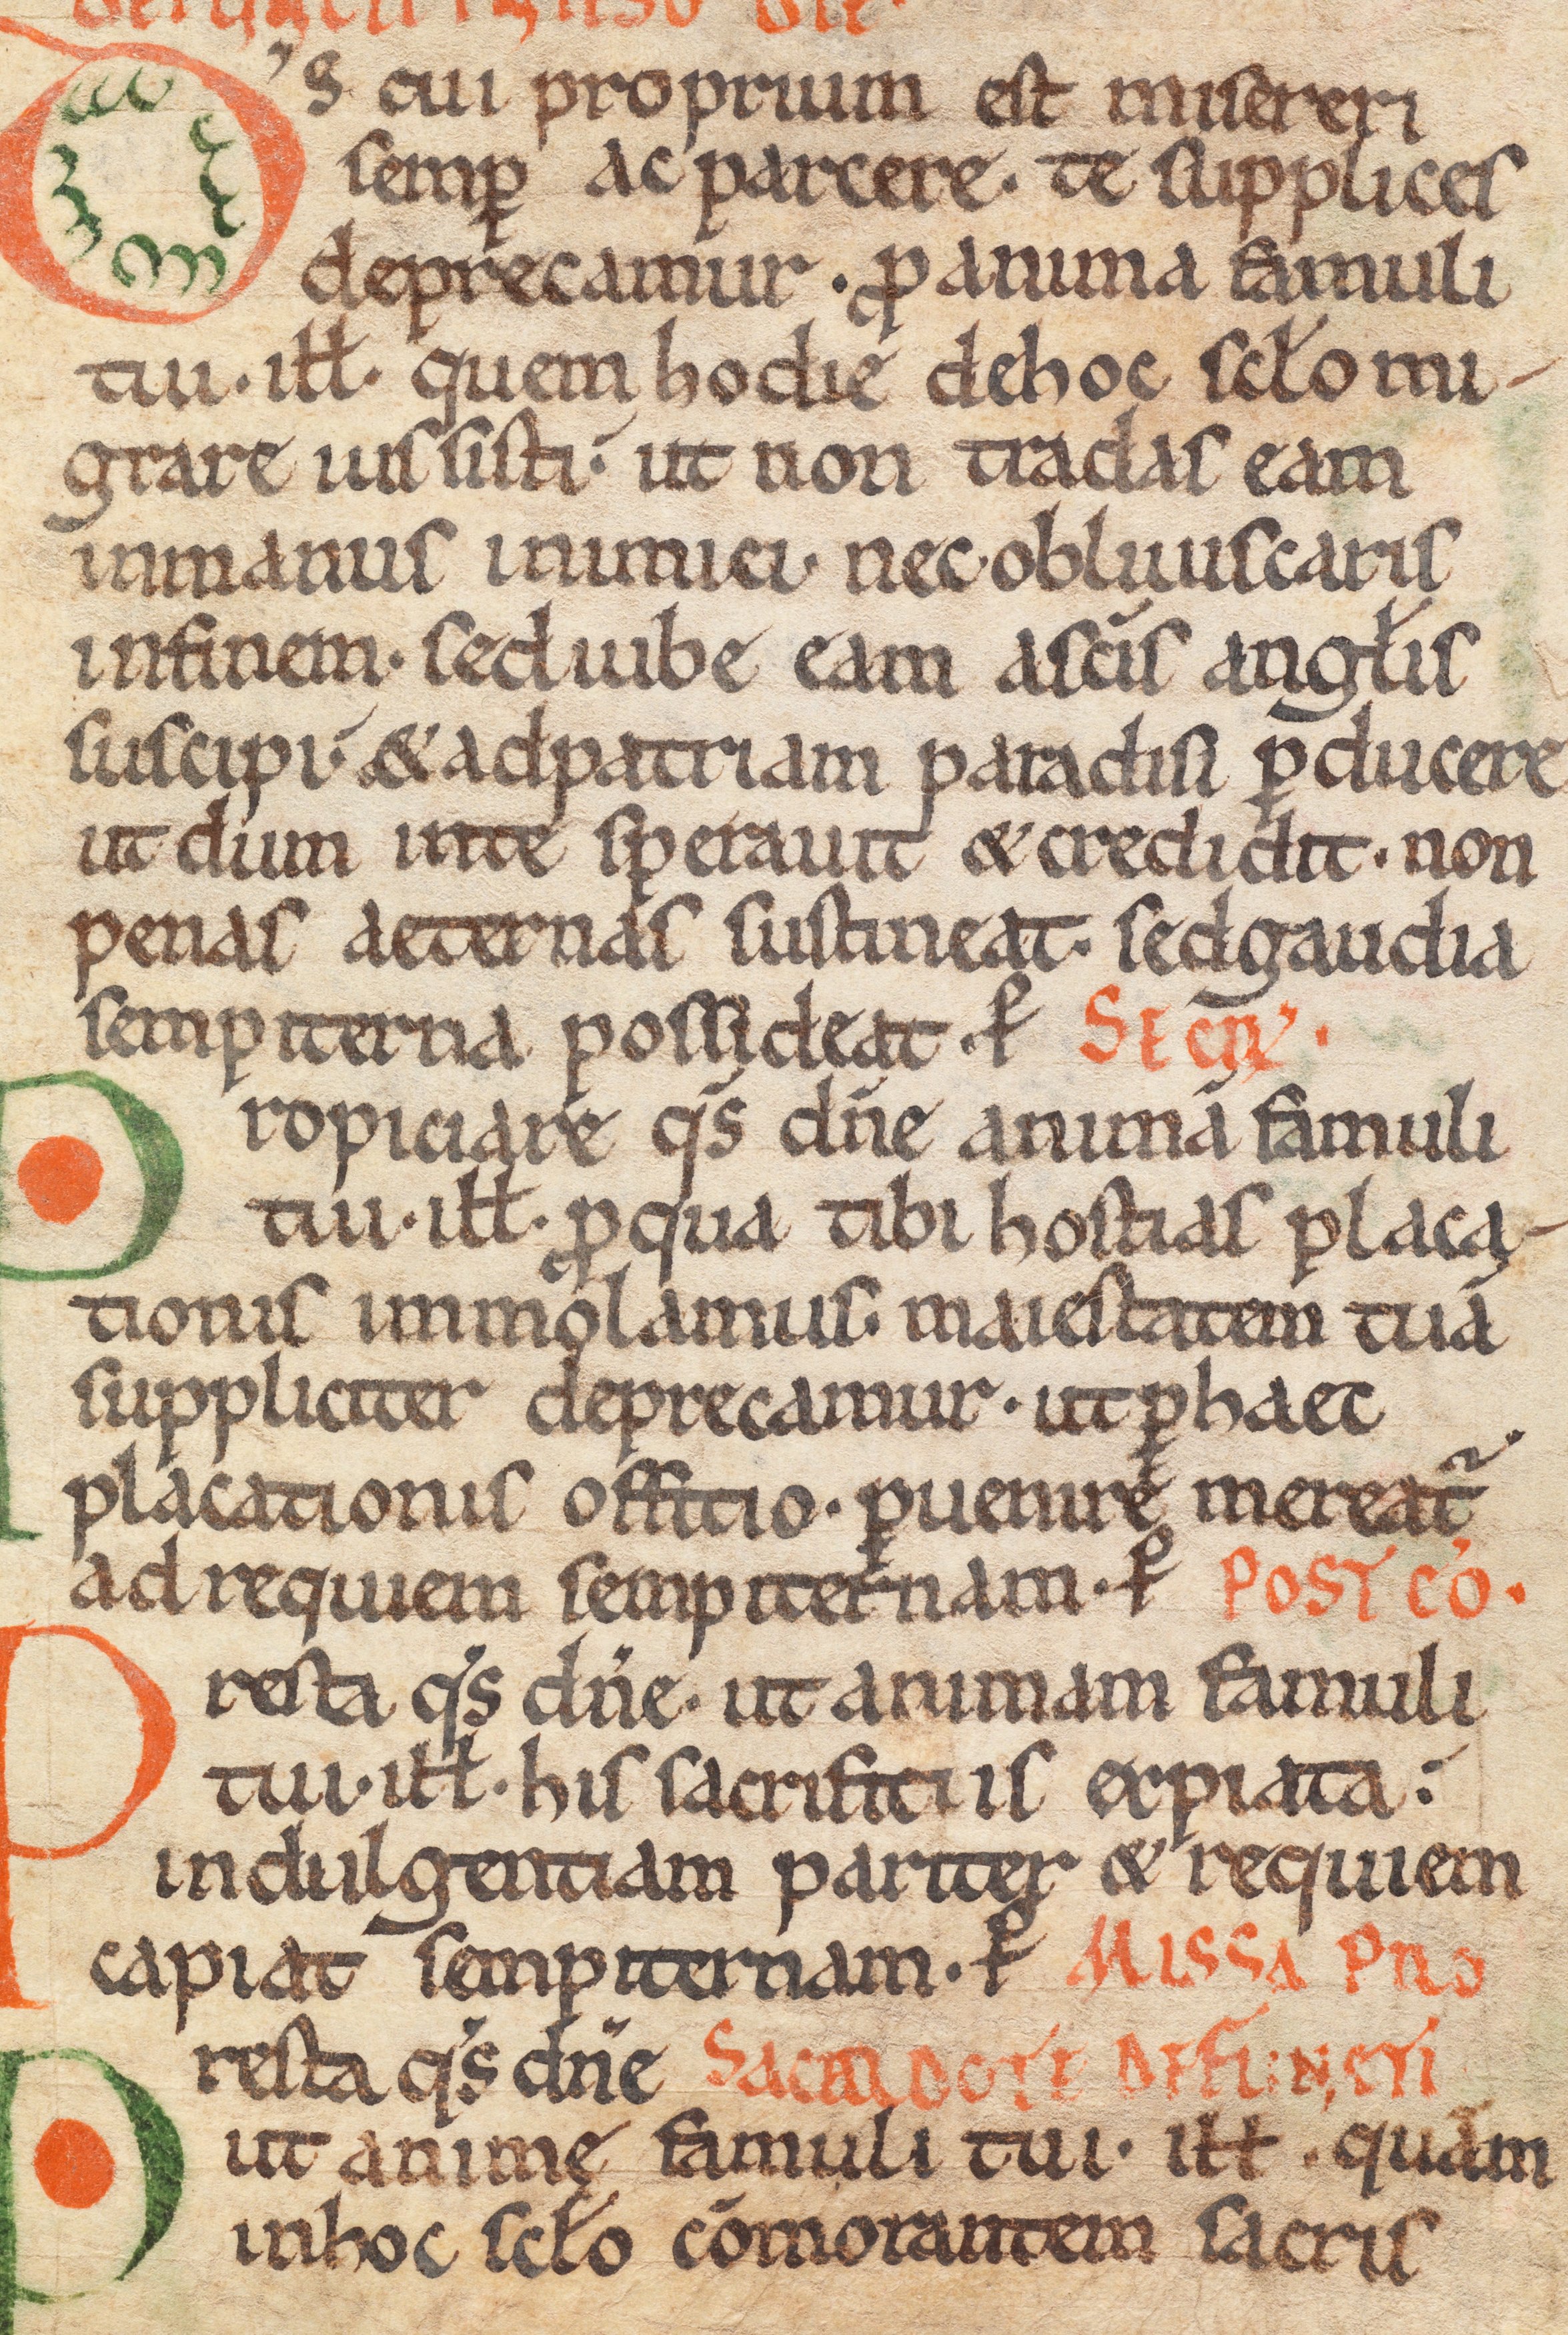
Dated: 1075–1115